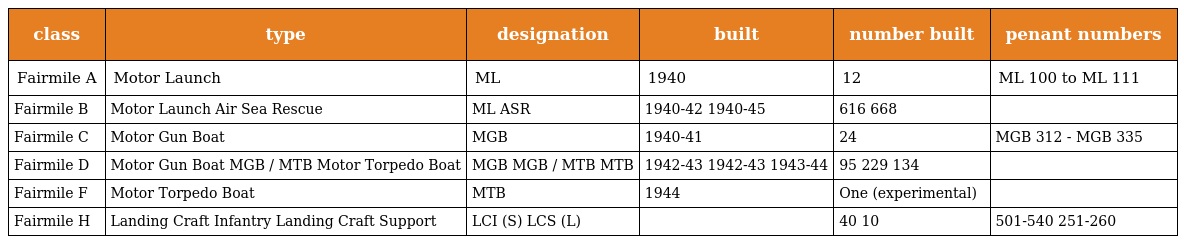
| class | type | designation | built | number built | penant numbers |
 | --- | --- | --- | --- | --- | --- |
 | Fairmile A | Motor Launch | ML | 1940 | 12 | ML 100 to ML 111 |
 | Fairmile B | Motor Launch Air Sea Rescue | ML ASR | 1940-42 1940-45 | 616 668 |  |
 | Fairmile C | Motor Gun Boat | MGB | 1940-41 | 24 | MGB 312 - MGB 335 |
 | Fairmile D | Motor Gun Boat MGB / MTB Motor Torpedo Boat | MGB MGB / MTB MTB | 1942-43 1942-43 1943-44 | 95 229 134 |  |
 | Fairmile F | Motor Torpedo Boat | MTB | 1944 | One (experimental) |  |
 | Fairmile H | Landing Craft Infantry Landing Craft Support | LCI (S) LCS (L) |  | 40 10 | 501-540 251-260 |